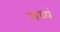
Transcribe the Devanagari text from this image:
मध्यं